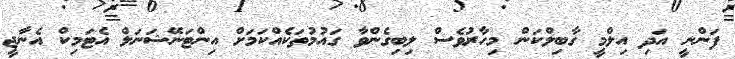
ފަންނީ އަދި އިލްމީ ގާބިލްކަން މިހާރުވެސް ލިބިގެންވާ ގައުމުތަކެއްކަމަށް އިންޓަނޭޝަނަލް އެޓަމިކް އެނާޖީ